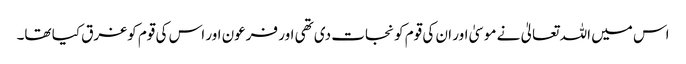
اس میں اللہ تعالیٰ نے موسیٰ اور ان کی قوم کو نجات دی تھی اور فرعون اور اس کی قوم کوغرق کیا تھا۔